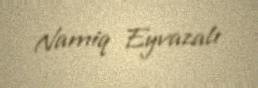
Namiq Eyvazalı